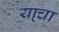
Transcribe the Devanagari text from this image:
या्चा